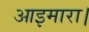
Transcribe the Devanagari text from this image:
आइमारा।